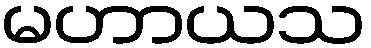
မဟာယသ